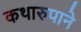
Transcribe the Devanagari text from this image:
कथारुपाने